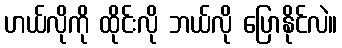
ဟယ်လိုကို ထိုင်းလို ဘယ်လို ပြောနိုင်လဲ။